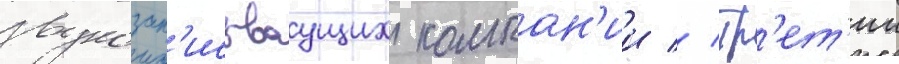
звукозап'исываущих компан'ии // Тр'ет'ии